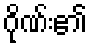
ဂိုဏ်း၏